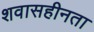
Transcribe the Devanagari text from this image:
शवासहीनता